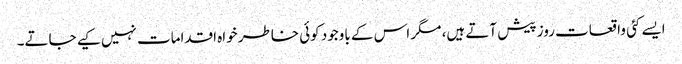
ایسے کئی واقعات روز پیش آتے ہیں، مگر اس کے باوجود کوئی خاطر خواہ اقدامات نہیں کیے جاتے۔